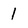
Character: 1